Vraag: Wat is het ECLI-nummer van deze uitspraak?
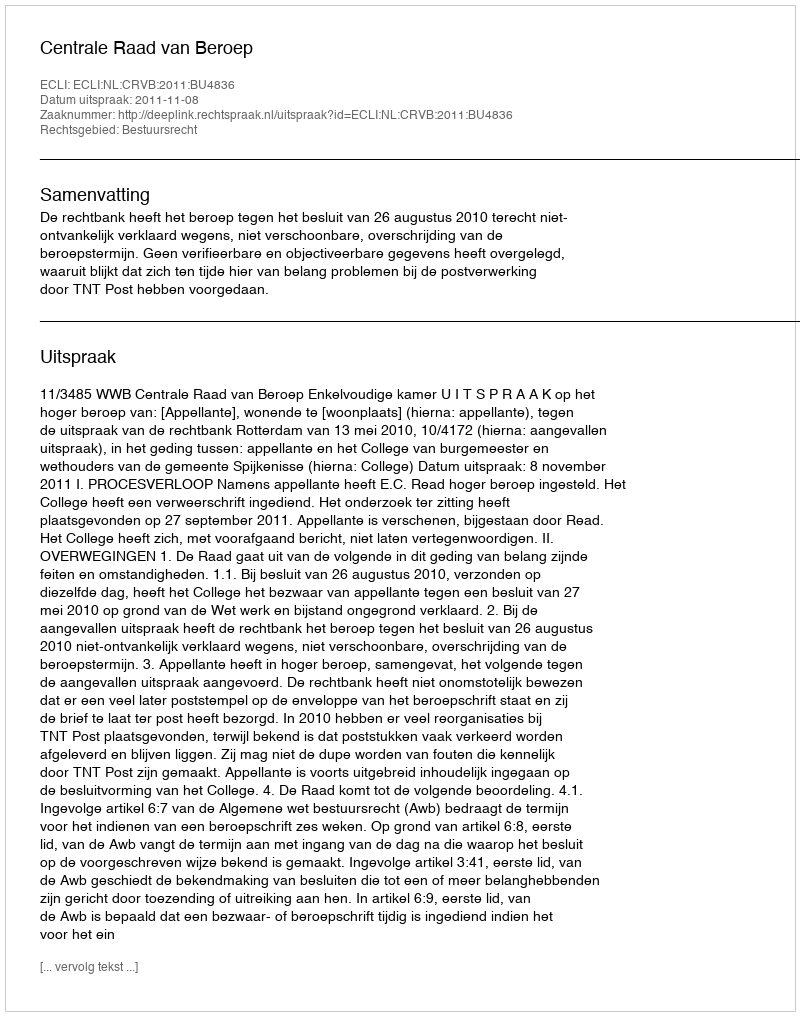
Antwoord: ECLI:NL:CRVB:2011:BU4836